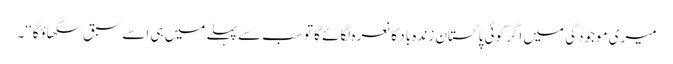
میری موجودگی میں اگر کوئی پاکستان زندہ باد کا نعرہ لگائے گا تو سب سے پہلے میں ہی اسے سبق سکھاؤگا‘‘۔